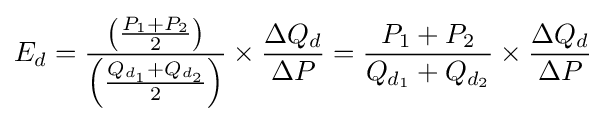
E_{d}={\frac {\left({\frac {P_{1}+P_{2}}{2}}\right)}{\left({\frac {Q_{d_{1}}+Q_{d_{2}}}{2}}\right)}}\times {\frac {\Delta Q_{d}}{\Delta P}}={\frac {P_{1}+P_{2}}{Q_{d_{1}}+Q_{d_{2}}}}\times {\frac {\Delta Q_{d}}{\Delta P}}